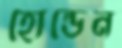
হোল্ডেন